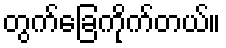
တွက်ခြေကိုက်တယ်။